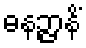
ဓနဉ္ဇာနိံ